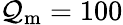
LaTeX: \mathcal{Q}_{\mathrm{{m}}}=100